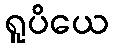
ရူပိယေ